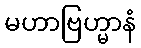
မဟာဗြဟ္မာနံ